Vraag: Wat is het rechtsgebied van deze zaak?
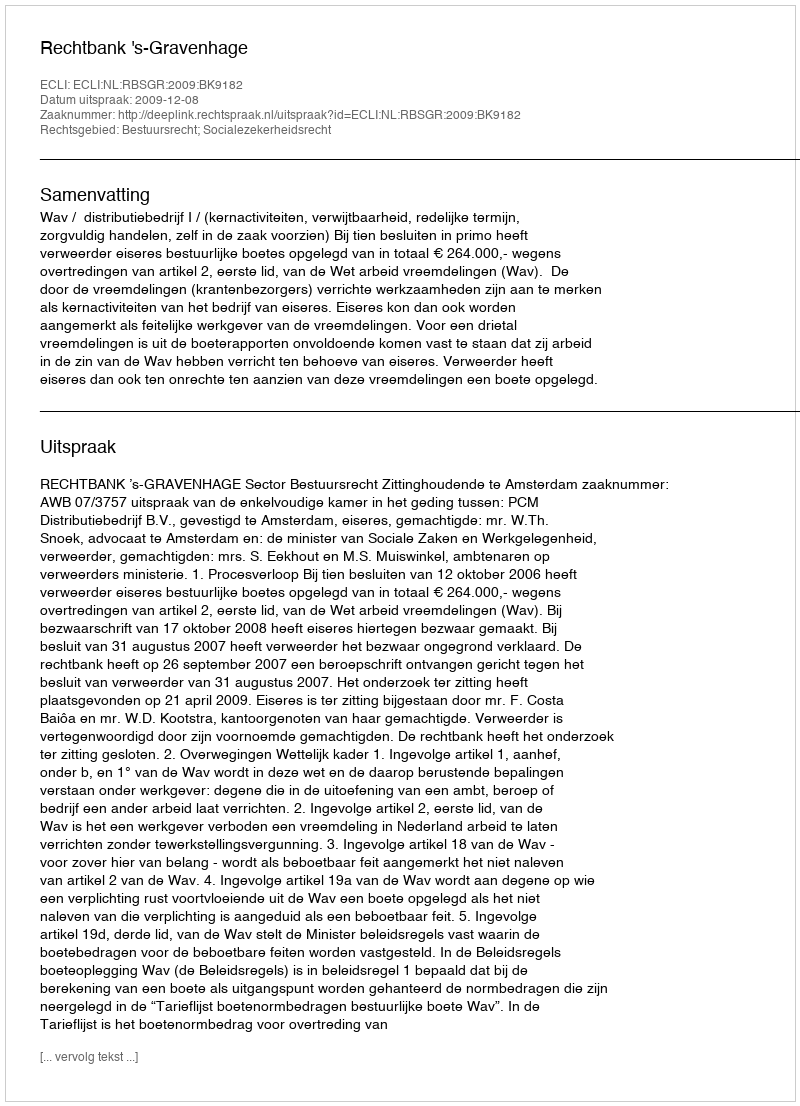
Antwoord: Bestuursrecht; Socialezekerheidsrecht